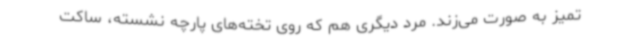
تمیز به‌ صورت می‌زند. مرد دیگری هم که روی تخته‌های پارچه نشسته، ساکت